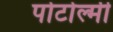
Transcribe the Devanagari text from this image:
पोटोल्मी